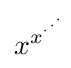
x^{x^{\cdot ^{\cdot ^{\cdot }}}}\!\!